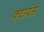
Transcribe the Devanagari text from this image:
क्वायंस